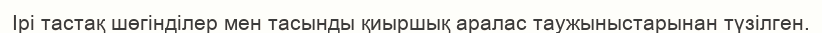
Ірі тастақ шөгінділер мен тасынды қиыршық аралас таужыныстарынан түзілген.